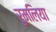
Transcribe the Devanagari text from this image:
रुमलिया